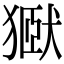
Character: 㺇